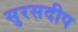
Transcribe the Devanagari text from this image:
सुरसदीप